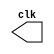
// ------------------------- 
// Exemplo0041 - CLOCK 
// Nome: Guilherme Andrade Salum Terra 
// ------------------------- 

// --------------------------- 
// -- test clock generator (1) 
// --------------------------- 

module clock ( clk ); 
output clk; 
reg clk; 

initial 
begin 
clk = 1'b0; 
end 

always 
begin 
#12 clk = ~clk; 
end 

endmodule // clock ( ) 

module Exemplo0041; 

wire clk; 
clock CLK1 ( clk ); 

initial begin 
$dumpfile ( "Exemplo041.vcd" ); 
$dumpvars; 

#120 $finish; 
end 

endmodule // Exemplo041 ( )